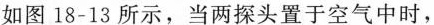
如图18-13所示，当两探头置于空气中时，